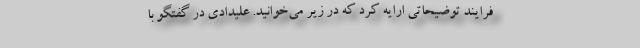
فرایند توضیحاتی ارایه کرد که در زیر می‌خوانید. علیدادی در گفتگو با